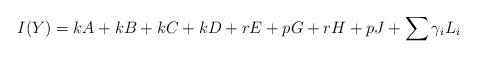
LaTeX: \begin{align*}I(Y) = kA + kB + kC + kD + rE +pG + rH + pJ + \sum{\gamma_i L_i} \end{align*}